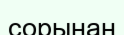
сорынан